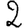
Digit: 2